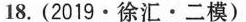
18.(2019·徐汇·二模)